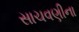
સાચવણીના